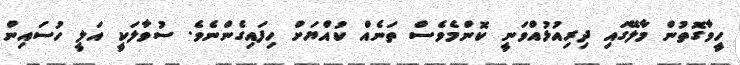
ހީވާގޮތުން މާލޭގައި ދިރިއުޅުއްވަނީ ކޮންމެވެސް ތަނެއް ކުއްޔަށް ހިފައިގެންނެވެ. ސުވާލަކީ އަލީ ހުސައިން